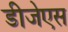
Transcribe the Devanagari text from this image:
डीजेएस